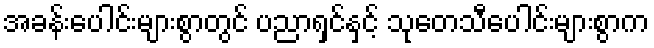
အခန်းပေါင်းများစွာတွင် ပညာရှင်နှင့် သုတေသီပေါင်းများစွာက